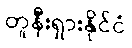
တူနီးရှားနိုင်ငံ